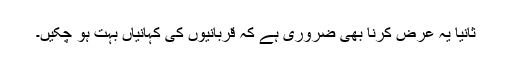
ثانیاً یہ عرض کرنا بھی ضروری ہے کہ قربانیوں کی کہانیاں بہت ہو چکیں۔